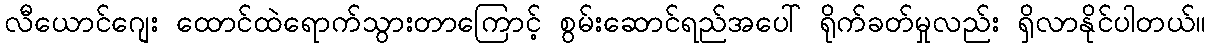
လီယောင်ဂျေး ထောင်ထဲရောက်သွားတာကြောင့် စွမ်းဆောင်ရည်အပေါ် ရိုက်ခတ်မှုလည်း ရှိလာနိုင်ပါတယ်။